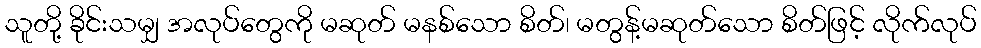
သူတို့ ခိုင်းသမျှ အလုပ်တွေကို မဆုတ် မနစ်သော စိတ်၊ မတွန့်မဆုတ်သော စိတ်ဖြင့် လိုက်လုပ်